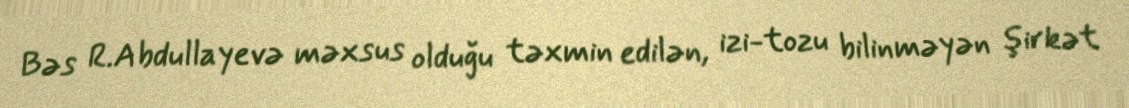
Bəs R.Abdullayevə məxsus olduğu təxmin edilən, izi-tozu bilinməyən şirkət